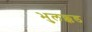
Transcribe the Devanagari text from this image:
भुलक्कड